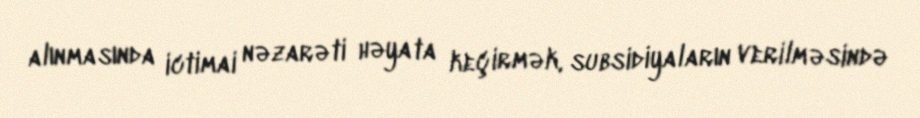
alınmasında ictimai nəzarəti həyata keçirmək, subsidiyaların verilməsində